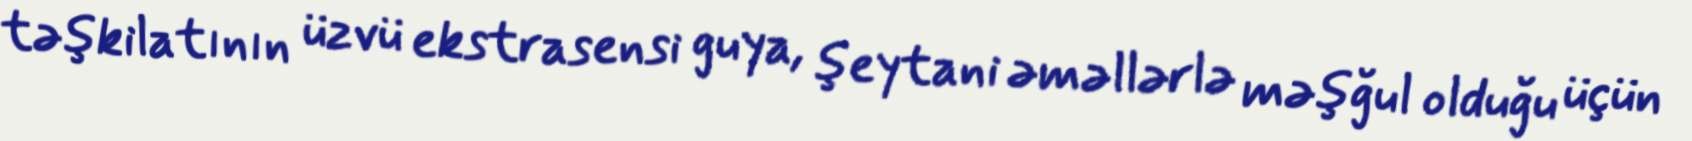
təşkilatının üzvü ekstrasensi guya, şeytani əməllərlə məşğul olduğu üçün